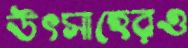
উৎসাহেরও